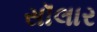
સૉલાર